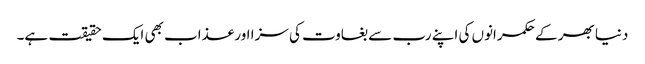
دنیا بھر کے حکمرانوں کی اپنے رب سے بغاوت کی سزا اور عذاب بھی ایک حقیقت ہے۔